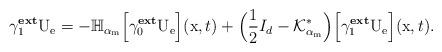
LaTeX: \begin{align*}\gamma^{\textbf{ext}}_{1}\mathrm{U}_{\mathrm{e}} = -\mathbb{H}_{\alpha_\mathrm{m}}\Big[\gamma^{\textbf{ext}}_{0}\mathrm{U}_{\mathrm{e}}\Big](\mathrm{x},t) + \Big(\frac{1}{2}I_{d} - \mathcal{K}_{\alpha_\mathrm{m}}^{*}\Big)\Big[\gamma^{\textbf{ext}}_{1}\mathrm{U}_{\mathrm{e}}\Big](\mathrm{x},t).\end{align*}